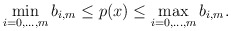
\begin{align*} \displaystyle{\min_{i=0,\dots,m}b_{i,m}\le p(x) \le \max_{i=0,\dots,m}b_{i,m}}.\end{align*}